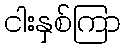
ငါးနှစ်ကြာ